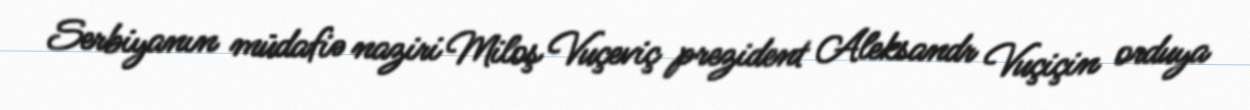
Serbiyanın müdafiə naziri Miloş Vuçeviç prezident Aleksandr Vuçiçin orduya